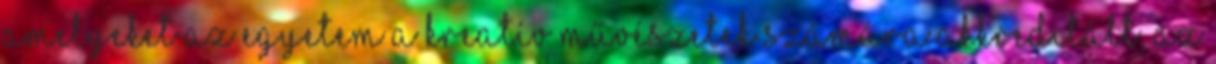
amelyeket az Egyetem a Kreatív Művészetek számára akkreditált, az